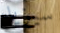
سيزيد